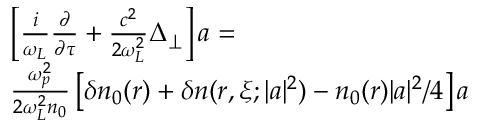
\begin{array} { r l } & { \left[ \frac { i } { \omega _ { L } } \frac { \partial } { \partial \tau } + \frac { c ^ { 2 } } { 2 \omega _ { L } ^ { 2 } } \Delta _ { \perp } \right] a = } \\ & { \frac { \omega _ { p } ^ { 2 } } { 2 \omega _ { L } ^ { 2 } n _ { 0 } } \left[ \delta n _ { 0 } ( r ) + \delta n ( r , \xi ; | a | ^ { 2 } ) - n _ { 0 } ( r ) | a | ^ { 2 } / 4 \right] a } \end{array}